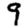
Digit: 9